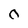
Character: o